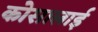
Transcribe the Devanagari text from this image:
कोसालाई